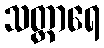
သတ္ထာရေ